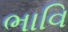
ભાવિ